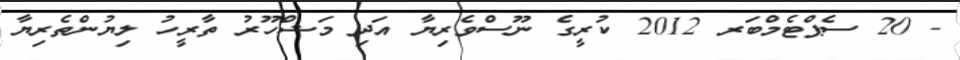
- 20 ސެޕްޓެމްބަރ 2012 ކުރީގެ ނޫސްވެރިޔާ އަދި މަޝްހޫރު ތާރީހު ލިޔުންތެރިޔާ